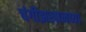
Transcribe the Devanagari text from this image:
चंगीझखानच्या